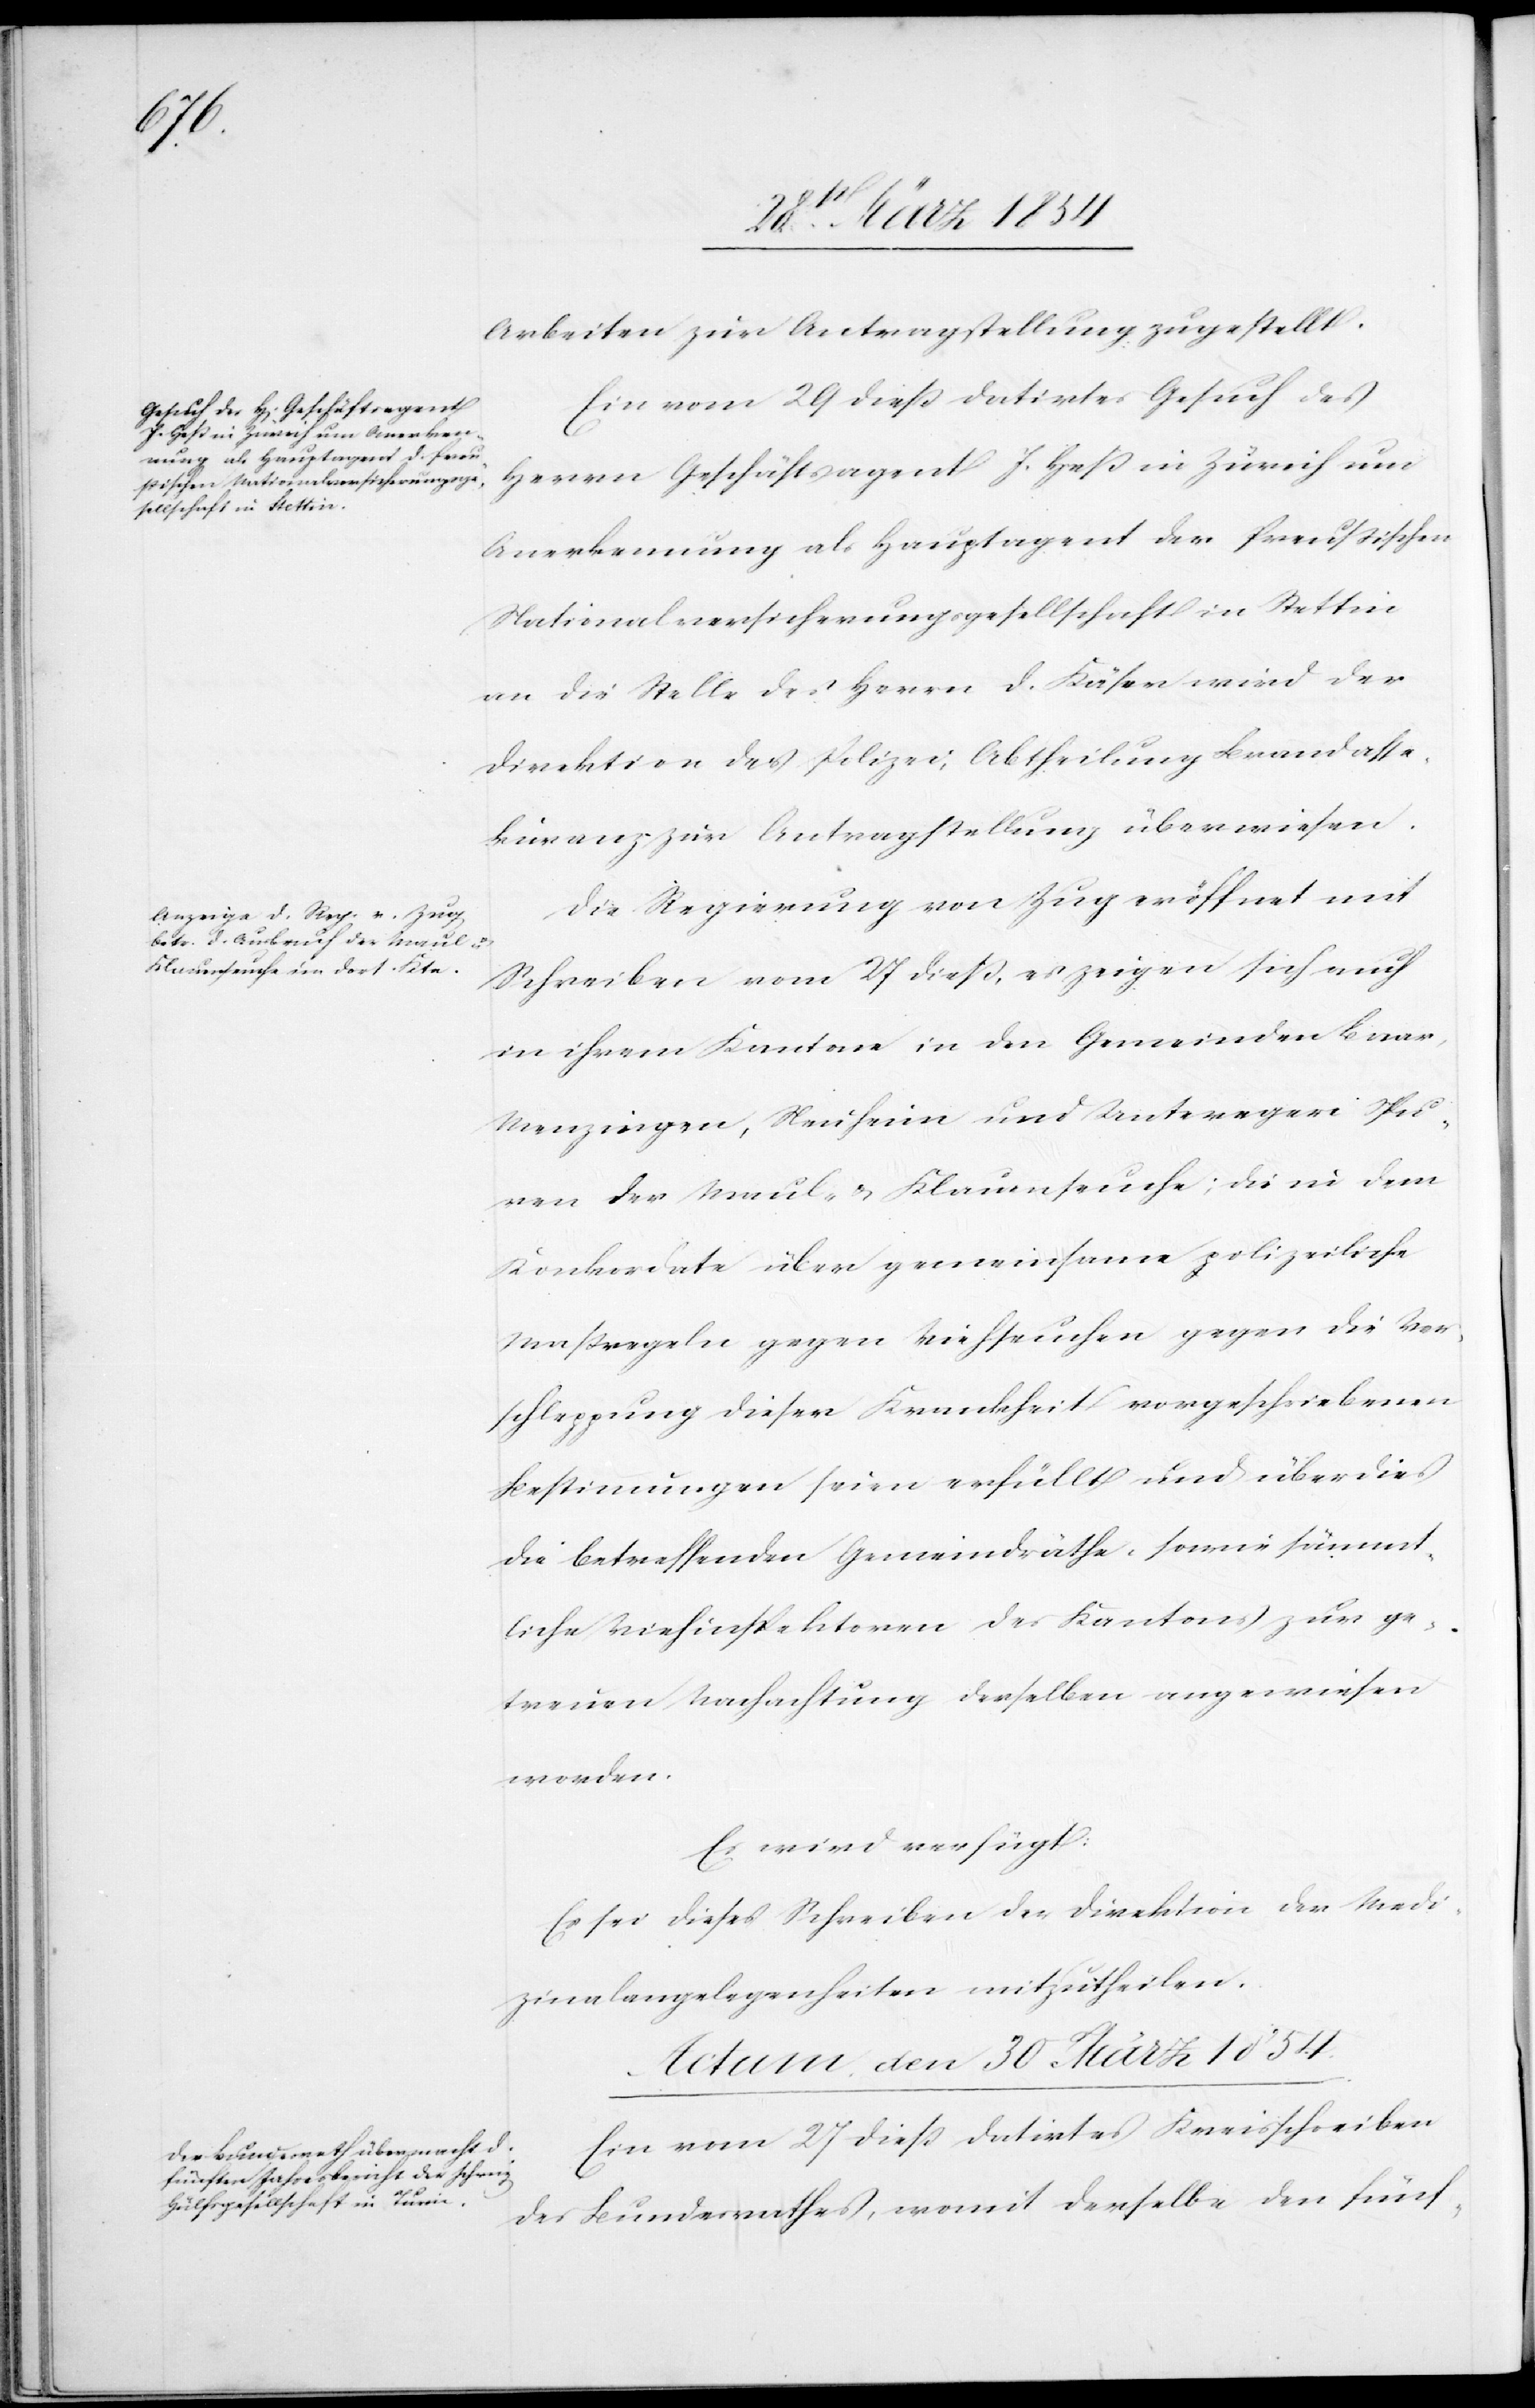
Arbeiten zur Antragstellung zugestellt.
Ein vom 29 dieß datirtes Gesuch des
Herrn Geschäftsagent J. Heß in Zürich um
Anerkennung als Hauptagent der Preußischen
Nationalversicherungsgesellschaft in Stettin
an die Stelle des Herrn D. Käser wird der
Direktion der Polizei, Abtheilung Brandasse¬
kuranz zur Antragstellung überweisen.
Die Regierung von Zug eröffnet mit
Schreiben vom 27 dieß, es zeigen sich auch
in ihrem Kantone in den Gemeinden Baar,
Menzingen, Neuheim und Unteregere Spu¬
ren der Maul- u. Klauenseuche; die in dem
Konkordate über gemeinsame polizeiliche
Maßregeln gegen Viehseuchen gegen die Ver¬
schleppung dieser Krankheit vorgeschriebenen
Bestimmungen seien erfüllt und überdies
die betreffenden Gemeindräthe, sowie sämmt¬
liche Viehinspektoren des Kantons zur ge¬
treuen Nachachtung derselben angewiesen
worden.
Es wird verfügt:
Es sei dieses Schreiben der Direktion der Medi¬
zinalangelegenheiten mitzutheilen.
Actum den 30 März 1854.
Ein vom 27 dieß datirtes Kreisschreiben
des Bundesrathes, womit derselbe den fünf-